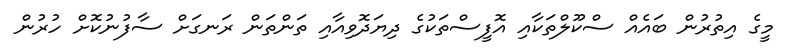
މީގެ އިތުރުން ބައެއް ސްކޫލްތަކާއި އޮފީސްތަކުގެ ދިޔަދޮވިއާއި ތަންތަން ރަނގަށް ސާފުނުކޮށް ހުރުން